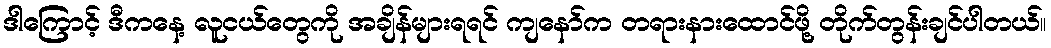
ဒါကြောင့် ဒီကနေ့ လူငယ်တွေကို အချိန်များရရင် ကျနော်က တရားနားထောင်ဖို့ တိုက်တွန်းချင်ပါတယ်။